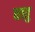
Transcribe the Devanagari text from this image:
धावु